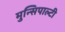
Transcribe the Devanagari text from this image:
मुन्सिपाल्टी